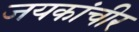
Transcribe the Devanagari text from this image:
जयकांचीर